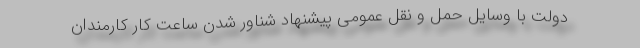
دولت با وسایل حمل و نقل عمومی پیشنهاد شناور شدن ساعت کار کارمندان